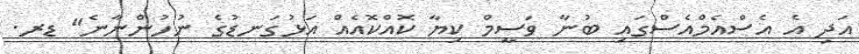
އަދި އެ އެސްއެމްއެސްގައި ބުނާ ވަސީމް ކިޔާ ކޮއްކޮއެއް އަޅުގަނޑުގެ ނުހުންނާނެ" ޑރ.